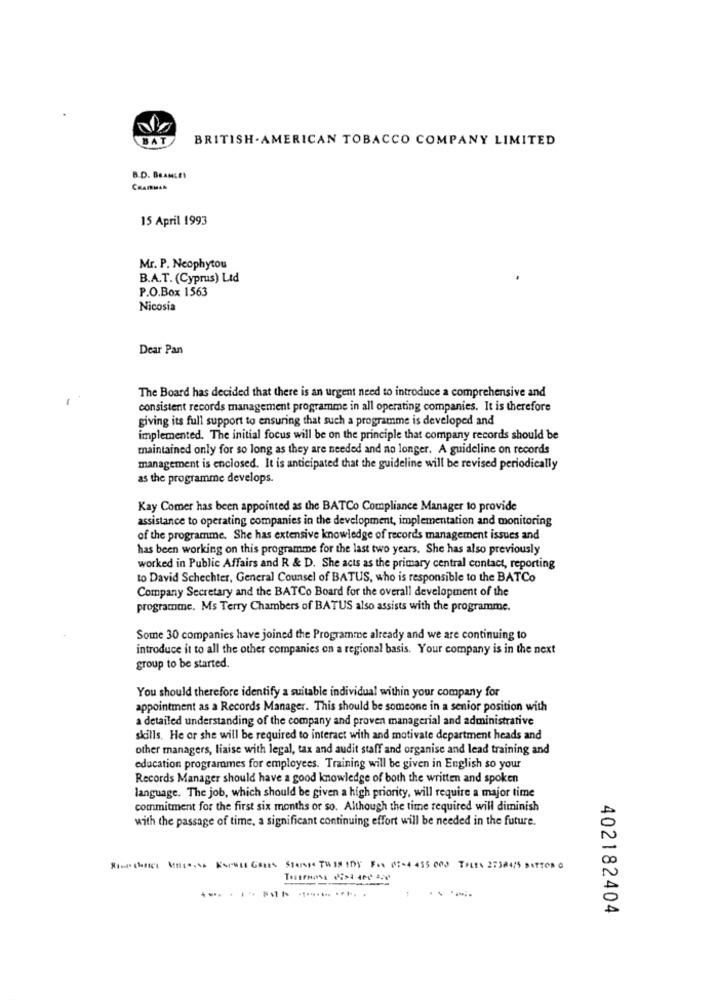
BAT
BRITISH. AMERICAN TOBACCO COMPANY LIMITED
B.D. BRAMLEY
CHAIRMAN
15 April 1993
Mr. P. Neophytou
B.A.T. (Cyprus) Ltd
P.O.Box 1563
Nicosia
Dear Pan
The Board has decided that there is an urgent need to introduce a comprehensive and
consistent records management programme in all operating companies. It is therefore
giving its full support to ensuring that such a programme is developed and
implemented. The initial focus will be on the principle that company records should be
maintained only for so long as they are needed and no longer. A guideline on records
management is enclosed. It is anticipated that the guideline will be revised periodically
as the programme develops.
Kay Comer has been appointed as the BATCo Compliance Manager to provide
assistance to operating companies in the development, implementation and monitoring
of the programme. She has extensive knowledge of records management issues and
has been working on this programme for the last two years. She has also previously
worked in Public Affairs and R & D. She acts as the primary central contact, reporting
to David Schechter, General Counsel of BATUS, who is responsible to the BATCo
Company Secretary and the BATCo Board for the overall development of the
programme. Ms Terry Chambers of BATUS also assists with the programme.
Some 30 companies have joined the Programme already and we are continuing to
introduce it to all the other companies on a regional basis. Your company is in the next
group to be started.
You should therefore identify a suitable individual within your company for
appointment as a Records Manager. This should be someone in a senior position with
a detailed understanding of the company and proven managerial and administrative
skills. He or she will be required to interact with and motivate department heads and
other managers, liaise with legal, tax and audit staff and organise and lead training and
education programmes for employees. Training will be given in English so your
Records Manager should have a good knowledge of both the written and spoken
language. The job, which should be given a high priority, will require a major time
commitment for the first six months or so. Although the time required will diminish
with the passage of time, a significant continuing effort will be needed in the future.
SIChas MISSISSIALE GRRES STANDS THIS IDY Fox 0 :- 4 455 000 TPLEN 27384/5 BUTTOS
402182404